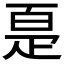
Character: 𰣠